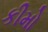
કીમો